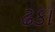
ઢકા